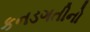
કનડગતીનો